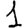
Digit: 1